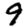
Digit: 9